Civil Veterinary Department Bihar & Orissa reports 1911-21 - 1911-1921
Year: 1911
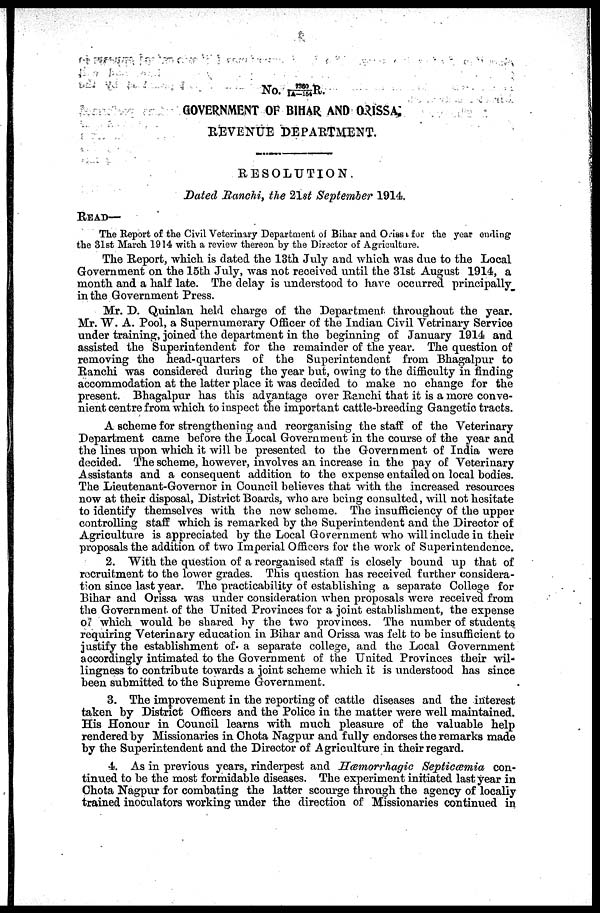
No. 7360/IA-154 R.
GOVERNMENT OF BIHAR AND ORISSA,
REVENUE DEPARTMENT.
RESOLUTION
Dated Ranchi, the 21st September 1914.
READ—
The Report of the Civil Veterinary Department of Bihar and Orissa for the year ending
the 31st March 1914 with a review thereon by the Director of Agriculture.
The Report, which is dated the 13th July and which was due to the Local
Government on the 15th July, was not received until the 31st August 1914, a
month and a half late. The delay is understood to have occurred principally
in the Government Press.
Mr. D. Quinlan held charge of the Department throughout the year.
Mr. W. A. Pool, a Supernumerary Officer of the Indian Civil Vetrinary Service
under training, joined the department in the beginning of January 1914 and
assisted the Superintendent for the remainder of the year. The question of
removing the head-quarters of the Superintendent from Bhagalpur to
Ranchi was considered during the year but, owing to the difficulty in finding
accommodation at the latter place it was decided to make no change for the
present. Bhagalpur has this advantage over Ranchi that it is a more conve-
nient centre from which to inspect the important cattle-breeding Gangetio tracts.
A scheme for strengthening and reorganising the staff of the Veterinary
Department came before the Local Government in the course of the year and
the lines upon which it will be presented to the Government of India were
decided. The scheme, however, involves an increase in the pay of Veterinary
Assistants and a consequent addition to the expense entailed on local bodies.
The Lieutenant-Governor in Council believes that with the increased resources
now at their disposal, District Boards, who are being consulted, will not hesitate
to identify themselves with the new scheme. The insufficiency of the upper
controlling staff which is remarked by the Superintendent and the Director of
Agriculture is appreciated by the Local Government who will include in their
proposals the addition of two Imperial Officers for the work of Superintendence.
2. With the question of a reorganised staff is closely bound up that of
recruitment to the lower grades. This question has received further considera-
tion since last year. The practicability of establishing a separate College for
Bihar and Orissa was under consideration when proposals were received from
the Government of the United Provinces for a joint establishment, the expense
of which would be shared by the two provinces. The number of students
requiring Veterinary education in Bihar and Orissa was felt to be insufficient to
justify the establishment of a separate college, and the Local Government
accordingly intimated to the Government of the United Provinces their wil-
lingness to contribute towards a joint scheme which it is understood has since
been submitted to the Supreme Government.
3. The improvement in the reporting of cattle diseases and the interest
taken by District Officers and the Police in the matter were well maintained.
His Honour in Council learns with much pleasure of the valuable help
rendered by Missionaries in Chota Nagpur and fully endorses the remarks made
by the Superintendent and the Director of Agriculture in their regard.
4. As in previous years, rinderpest and Hæmorrhagic Septicæmia con-
tinued to be the most formidable diseases. The experiment initiated last year in
Chota Nagpur for combating the latter scourge through the agency of locally
trained inoculators working under the direction of Missionaries continued in